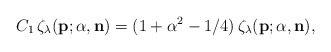
\begin{align*}C_1\,\zeta_{\lambda}({\bf p};{\alpha},{\bf n})= (1+\alpha^2-1/4)\,\zeta_{\lambda}({\bf p};{\alpha},{\bf n}),\end{align*}